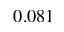
0 . 0 8 1